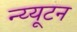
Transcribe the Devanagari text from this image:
न्य्यूटन